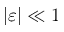
\left| \varepsilon \right| \ll 1